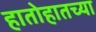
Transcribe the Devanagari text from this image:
हातोहातच्या